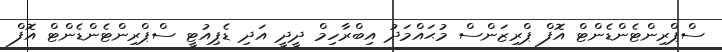
ސްޕްރިންޓެންޑެންޓް އޮފް ޕްރިޒަންސް މުޙައްމަދު އިބްރާހިމް ދީދީ އަދި ޑެޕިއުޓީ ސްޕްރިންޓެންޑެންޓް އޮފް